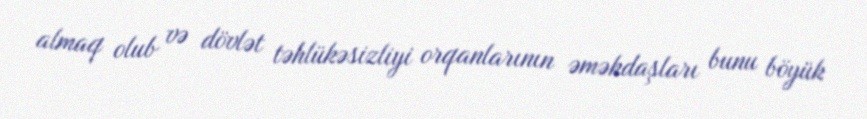
almaq olub və dövlət təhlükəsizliyi orqanlarının əməkdaşları bunu böyük